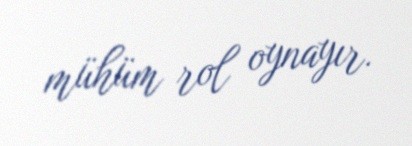
mühüm rol oynayır.